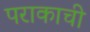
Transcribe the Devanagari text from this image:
पराकाची